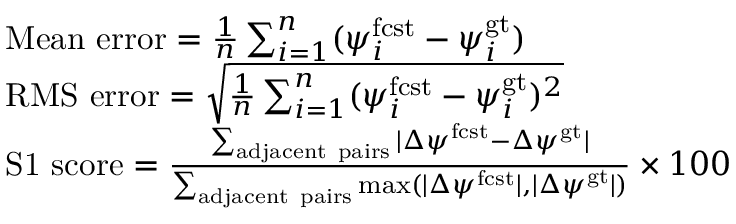
\begin{array} { r l } & { \mathrm { M e a n \ e r r o r } = \frac { 1 } { n } \sum _ { i = 1 } ^ { n } ( \psi _ { i } ^ { \mathrm { f c s t } } - \psi _ { i } ^ { \mathrm { g t } } ) } \\ & { \mathrm { R M S \ e r r o r } = \sqrt { \frac { 1 } { n } \sum _ { i = 1 } ^ { n } ( \psi _ { i } ^ { \mathrm { f c s t } } - \psi _ { i } ^ { \mathrm { g t } } ) ^ { 2 } } } \\ & { \mathrm { S 1 \ s c o r e } = \frac { \sum _ { \mathrm { a d j a c e n t \ p a i r s } } | \Delta \psi ^ { \mathrm { f c s t } } - \Delta \psi ^ { \mathrm { g t } } | } { \sum _ { \mathrm { a d j a c e n t \ p a i r s } } \operatorname* { m a x } ( | \Delta \psi ^ { \mathrm { f c s t } } | , | \Delta \psi ^ { \mathrm { g t } } | ) } \times 1 0 0 } \end{array}